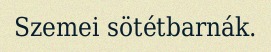
Szemei sötétbarnák.